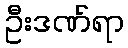
ဦးဒဏ်ရာ